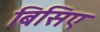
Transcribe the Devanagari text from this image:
बिसिए